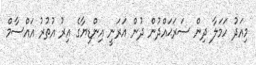
މިއަދު ހަމަލާ ދިން ސަރަޙައްދުން ދުން އަރަނީ އިންޑިޔާގެ އިރު އުތުރު އައްސާމް